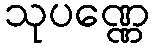
သုပဏ္ဏေ